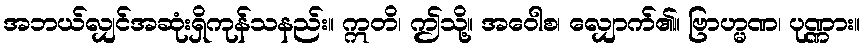
အဘယ်လျှင်အဆုံးရှိကုန်သနည်း။ ဣတိ၊ ဤသို့။ အဝေါစ၊ လျှောက်၏။ ဗြာဟ္မဏ၊ ပုဏ္ဏား။